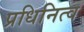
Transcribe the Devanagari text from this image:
प्रधिनित्व